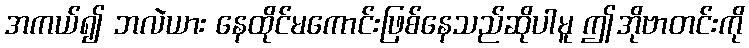
အကယ်၍ ဘလဲယား နေထိုင်မကောင်းဖြစ်နေသည်ဆိုပါမူ ဤအိုဗာတင်းကို